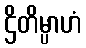
ဌိတိမ္ပာဟံ